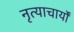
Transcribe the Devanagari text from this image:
नृत्याचार्यों